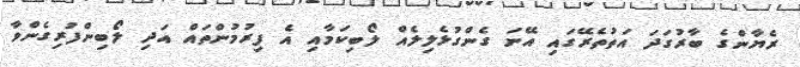
ރެޔާންގެ ބާރުގަދަ އަތުތެރޭގައި އޭނަ ގެންގުޅެލިލެއް ލޯބިކަމާއި އެ ފިރުމުންތައް އަދި ލޯބިންފުރިގެންވާ